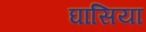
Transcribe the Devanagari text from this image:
घासिया